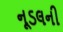
નૂડલની